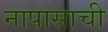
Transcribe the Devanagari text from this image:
नापासाची